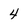
Character: 4